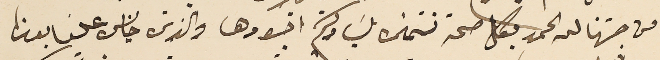
من جهتنا لله الحمد بكل صحة نتمنى لسَيادتكم اجودها والذي خايس علينا بعدنا